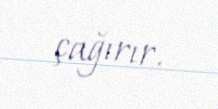
çağırır.